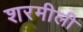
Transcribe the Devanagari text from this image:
शरमीली